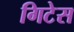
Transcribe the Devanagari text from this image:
गिटेस